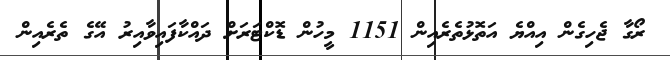
ރޯގާ ޖެހިގެން އިއްޔެ އަތޮޅުތެރެއިން 1151 މީހުން ޑޮކްޓަރަށް ދައްކާފައިވާއިރު އޭގެ ތެރެއިން